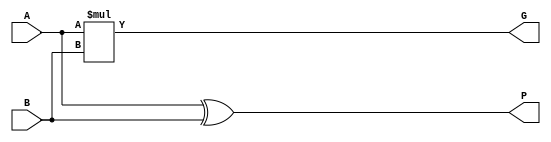
`ifndef CARRY_LOOK_AHEAD_ADDER_V
`define CARRY_LOOK_AHEAD_ADDER_V
module pg_generator(
    input wire A,
    input wire B,
    output wire P,
    output wire G
);
assign G = A * B; // generate cout
assign P = A ^ B; // propagated last generated cout if any

endmodule

module carry_look_ahead_adder (
    input wire [3:0] A,
    input wire [3:0] B,
    input Cin,
    output wire [4:0] Out
);

    wire[3:0] P;
    wire[3:0] G;
    wire [4:0] C;
genvar i;
generate
for (i = 0; i < 4; i = i+1) begin
    pg_generator uut(
        .A(A[i]),
        .B(B[i]),
        .P(P[i]),
        .G(G[i])
    );
end
endgenerate
assign C[0] = Cin;
assign C[1] = C[0]*P[0]+ 
                G[0];
assign C[2] = C[0]*P[0]*P[1] +
                G[0]*P[1] +
                G[1];
assign C[3] = C[0]*P[0]*P[1]*P[2]+
                G[0]*P[1]*P[2]+
                G[1]*P[2]+
                G[2];
assign C[4] = C[0]*P[0]*P[1]*P[2]*P[3] +
                G[0]*P[1]*P[2]*P[3]+
                G[1]*P[2]*P[3]+
                G[2]*P[3] +
                G[3];

assign Out[0] = P[0] ^ C[0];
assign Out[1] = P[1] ^ C[1];
assign Out[2] = P[2] ^ C[2];
assign Out[3] = P[3] ^ C[3];
assign Out[4] = C[4];
endmodule //carry_look_ahead_adder
`endif